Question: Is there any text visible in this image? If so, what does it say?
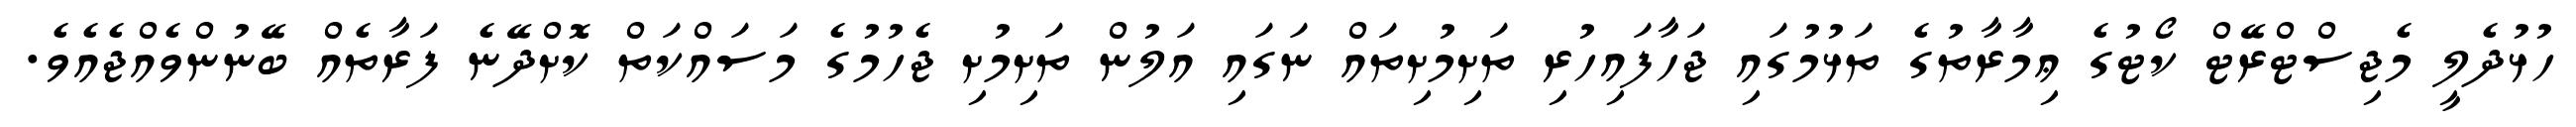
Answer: ހުޅުދެލީ މެޖިސްޓްރޭޓް ކޯޓުގެ ޢިމާރާތުގެ ތަޅުމުގައި ޖަހާފައިހުރި ތަށިމުށިތައް ނަގައި އަލުން ތަށިމުށި ޖެހުމުގެ މަސައްކަތް ކޮށްދޭނެ ފަރާތެއް ބޭނުންވެއްޖެއެވެ.